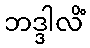
ဘဒ္ဒါလိံ